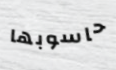
حاسوبها